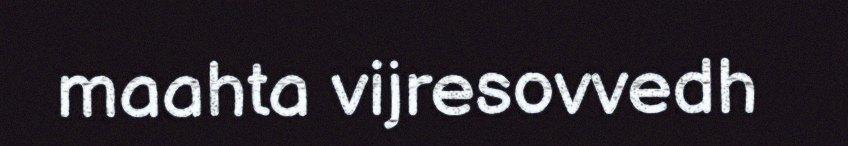
maahta vijresovvedh